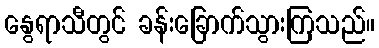
နွေရာသီတွင် ခန်းခြောက်သွားကြသည်။